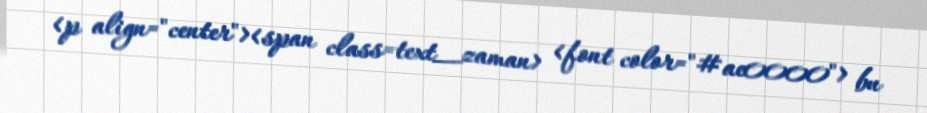
<p align="center"><span class=text_zaman> <font color="#ae0000"> bu